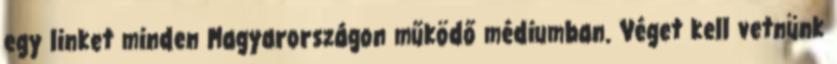
egy linket minden Magyarországon működő médiumban. Véget kell vetnünk